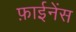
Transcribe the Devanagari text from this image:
फ़ाईनेंस